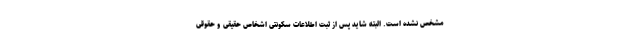
مشخص نشده است. البته شاید پس از ثبت اطلاعات سکونتی اشخاص حقیقی و حقوقی